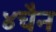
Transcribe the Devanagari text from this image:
४चैन